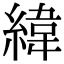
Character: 緯